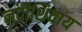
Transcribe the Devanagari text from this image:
नदीशिवाय